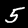
Label: 5